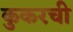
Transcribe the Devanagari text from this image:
कुकरची